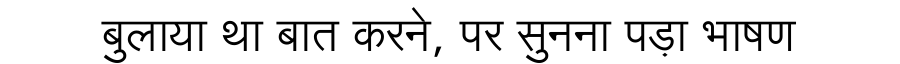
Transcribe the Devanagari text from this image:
बुलाया था बात करने, पर सुनना पड़ा भाषण